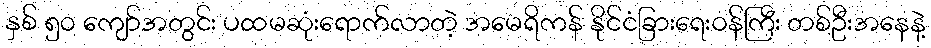
နှစ် ၅၀ ကျော်အတွင်း ပထမဆုံးရောက်လာတဲ့ အမေရိကန် နိုင်ငံခြားရေးဝန်ကြီး တစ်ဦးအနေနဲ့